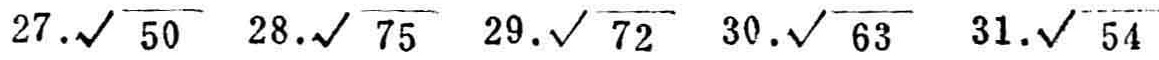
$27.\sqrt{50} \quad 28.\sqrt{75} \quad 29.\sqrt{72} \quad 30.\sqrt{63} \quad 31.\sqrt{54}$